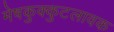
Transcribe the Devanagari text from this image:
मेषकुक्कुटलावक